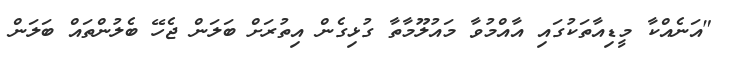
"އަނެއްކާ މީޑިއާތަކުގައި އާއްމުވާ މައުލޫމާތާ ގުޅިގެން އިތުރަށް ބަލަން ޖެހޭ ބެލުންތައް ބަލަން